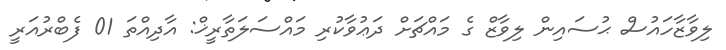
ލިވާޒާހައުސް ޙުސައިން ލިވާޒް ގެ މައްޗަށް ދަޢުވާކުރި މައްސަލަތާރީޚް: އާދިއްތަ 01 ފެބްރުއަރީ